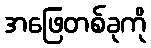
အဖြေတစ်ခုကို